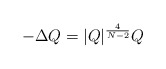
\begin{align*}-\Delta Q=|Q|^{\frac{4}{N-2}}Q \end{align*}